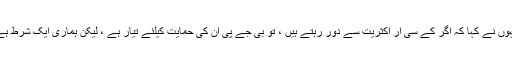
انہوں نے کہا کہ اگر کے سی آر اکثریت سے دور رہتے ہیں ، تو بی جے پی ان کی حمایت کیلئے تیار ہے ، لیکن ہماری ایک شرط ہے۔